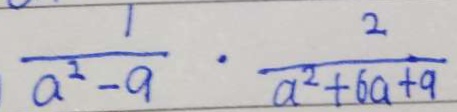
\frac { 1 } { a ^ { 2 } - 9 } \cdot \frac { 2 } { a ^ { 2 } + 6 a + 9 }